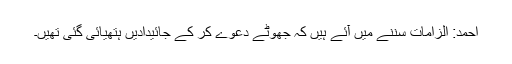
احمد: الزامات سننے میں آئے ہیں کہ جھوٹے دعوے کر کے جائیدادیں ہتھیائی گئی تھیں۔